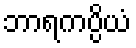
ဘာရကပ္ပိယံ